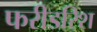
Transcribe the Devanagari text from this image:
फरीडरिश